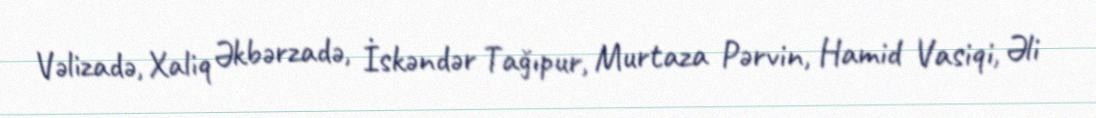
Vəlizadə, Xaliq Əkbərzadə, İskəndər Tağıpur, Murtaza Pərvin, Hamid Vasiqi, Əli